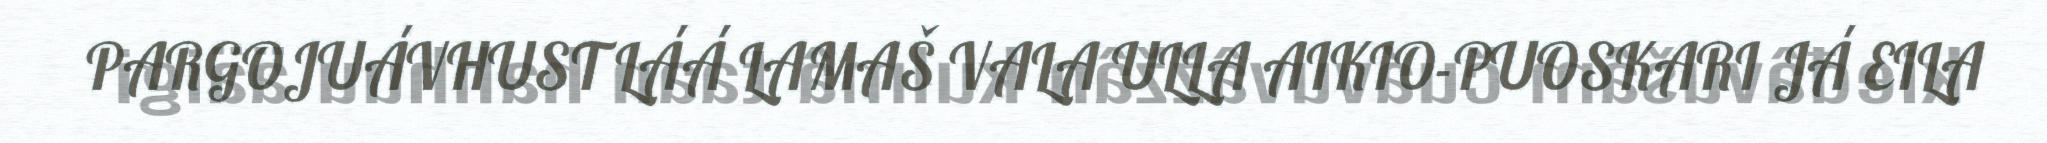
PARGOJUÁVHUST LÁÁ LAMAŠ VALA ULLA AIKIO-PUOSKARI JÁ EILA